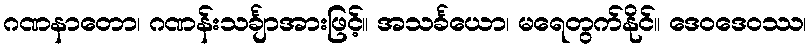
ဂဏနာတော၊ ဂဏန်းသင်္ချာအားဖြင့်။ အသင်္ခယော၊ မရေတွက်နိုင်။ ဒေဝဒေဝဿ၊